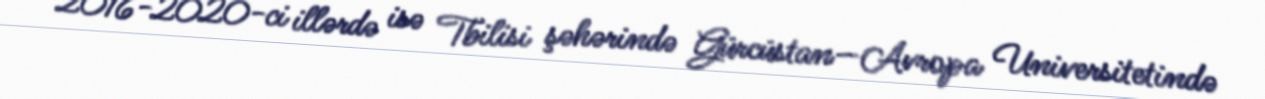
2016-2020-ci illərdə isə Tbilisi şəhərində Gürcüstan—Avropa Universitetində